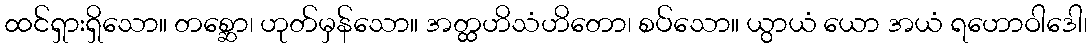
ထင်ရှားရှိသော။ တစ္ဆော၊ ဟုတ်မှန်သော။ အတ္ထဟိသံဟိတော၊ စပ်သော။ ယွာယံ ယော အယံ ရဟောဝါဒေါ၊